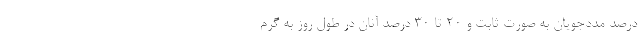
درصد مددجویان به صورت ثابت و ۲۰ تا ۳۰ درصد آنان در طول روز به گرم